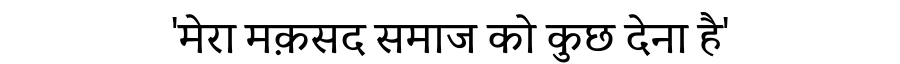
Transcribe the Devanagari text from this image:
'मेरा मक़सद समाज को कुछ देना है'